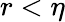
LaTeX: r<\eta